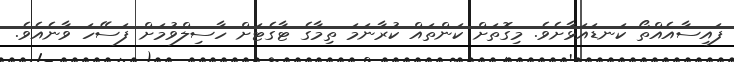
ފައިސާއެއްތޯ ކަނޑައަޅާށެވެ. މިގޮތަށް ކަންތައް ކުރާނަމަ ތިމާގެ ޓާގެޓަށް ހާސިލްވުމަށް ފަސޭހަ ވާނެއެވެ.